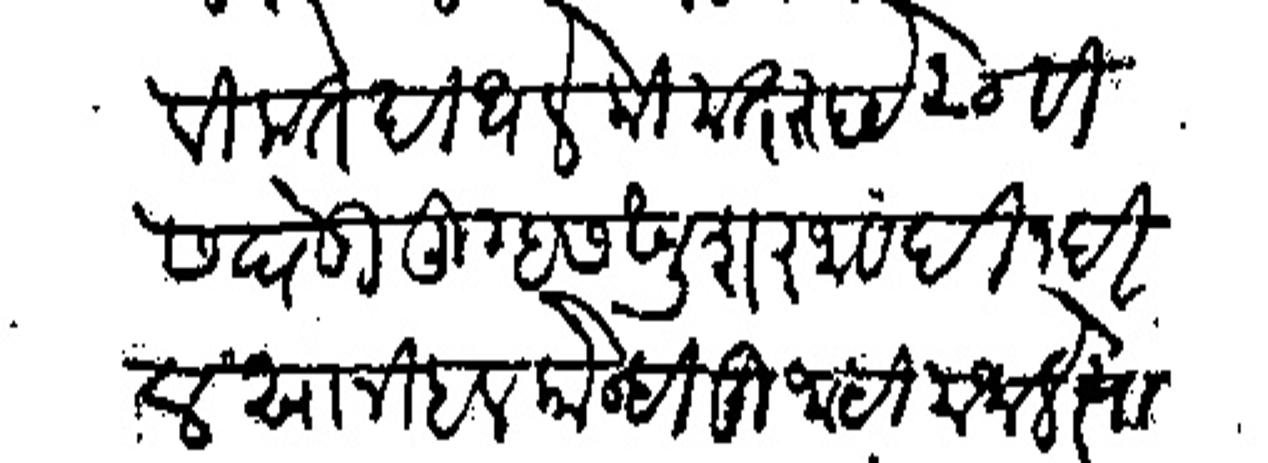
Transliteration (Devanagari): विकत दिधले किमत रुये २० वीस घेवू तुम्हास खुषरजावेदीन दिल सानीहल कोन्ही मुजाहीम जाले त्याचा